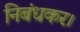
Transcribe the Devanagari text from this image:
निबंधकर।